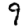
Digit: 9